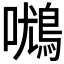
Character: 𰈾